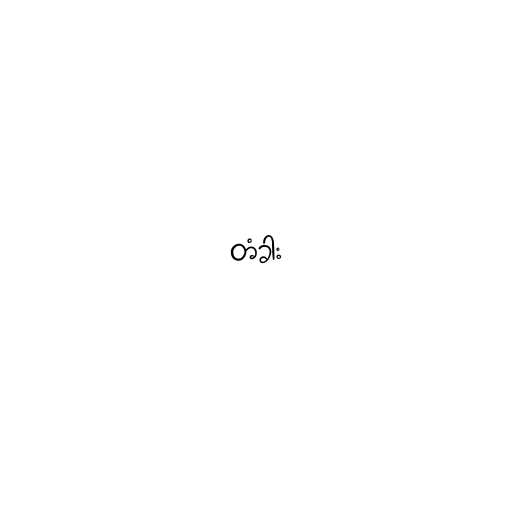
တံခါး